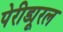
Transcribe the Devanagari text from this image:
पेरीड्यूरल